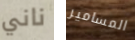
ناني المسامير